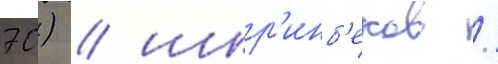
70) / шир'инб'еков /